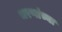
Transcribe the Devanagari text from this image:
भरणांच्या